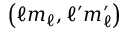
\left( \ell m _ { \ell } , \ell ^ { \prime } m _ { \ell } ^ { \prime } \right)